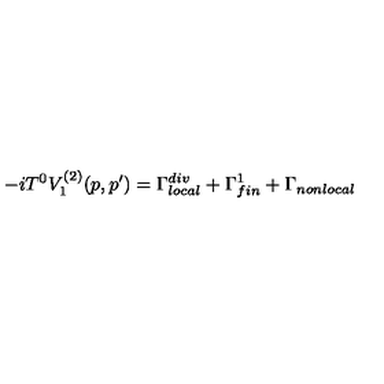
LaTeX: - i T ^ { 0 } V _ { 1 } ^ { ( 2 ) } ( p , p ^ { \prime } ) = \Gamma _ { l o c a l } ^ { d i v } + \Gamma _ { f i n } ^ { 1 } + \Gamma _ { n o n l o c a l }